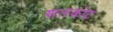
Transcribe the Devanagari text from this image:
शलकोट